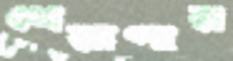
খেয়াপার